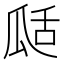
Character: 𤫵